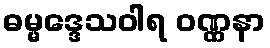
ဓမ္မဒ္ဒေသဝါရ ဝဏ္ဏနာ